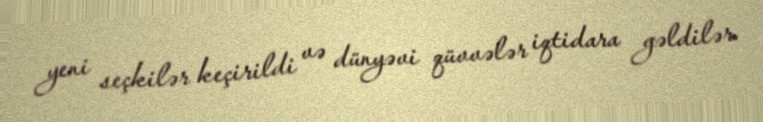
yeni seçkilər keçirildi və dünyəvi qüvvələr iqtidara gəldilər.